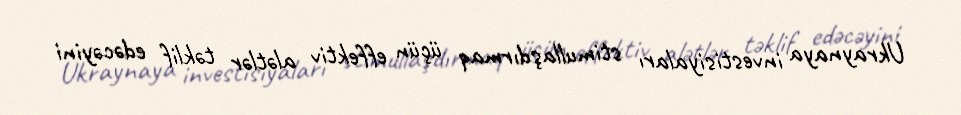
Ukraynaya investisiyaları stimullaşdırmaq üçün effektiv alətlər təklif edəcəyini